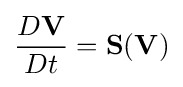
{\frac {D\mathbf {V} }{Dt}}=\mathbf {S} (\mathbf {V} )